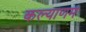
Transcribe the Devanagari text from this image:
कल्‍याणम